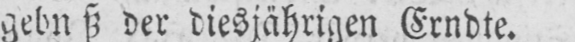
der diesjährigen Erndte.